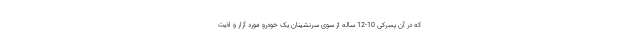
که در آن پسرکی 10-12 ساله از سوی سرنشینان یک خودرو مورد آزار و اذیت